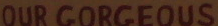
OUR GORGEOUS